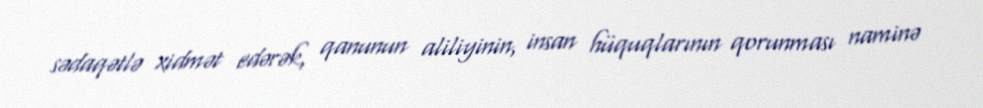
sədaqətlə xidmət edərək, qanunun aliliyinin, insan hüquqlarının qorunması naminə